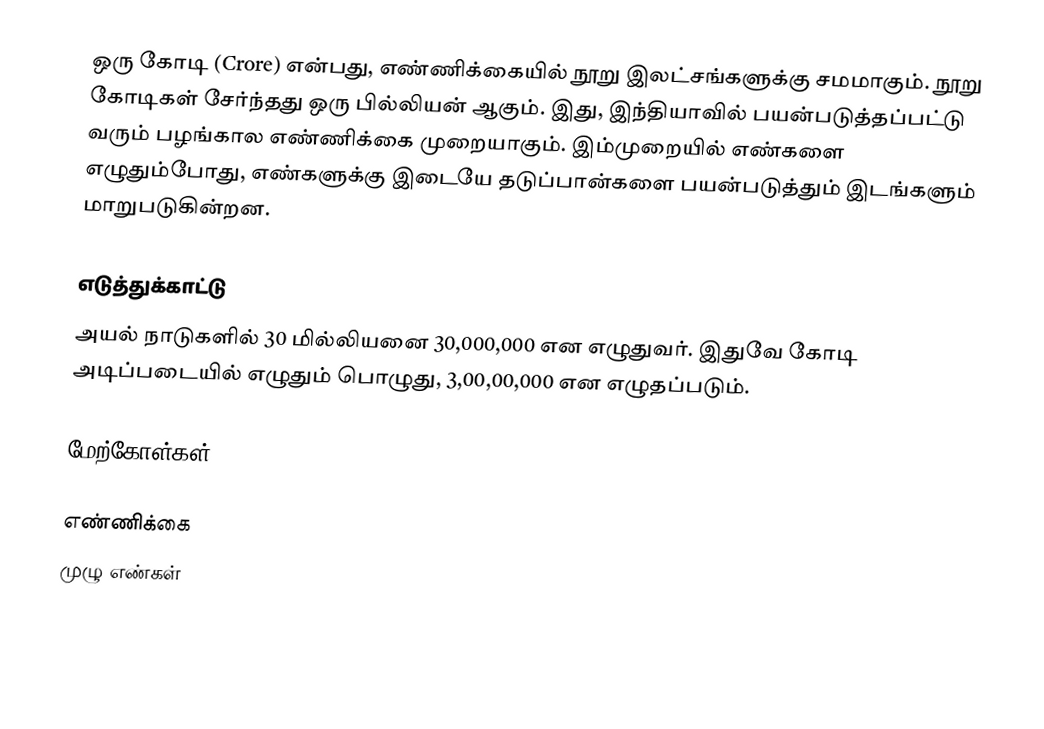
ஒரு கோடி (Crore) என்பது, எண்ணிக்கையில் நூறு இலட்சங்களுக்கு சமமாகும். நூறு கோடிகள் சேர்ந்தது ஒரு பில்லியன் ஆகும். இது, இந்தியாவில் பயன்படுத்தப்பட்டு வரும் பழங்கால எண்ணிக்கை முறையாகும். இம்முறையில் எண்களை எழுதும்போது, எண்களுக்கு இடையே தடுப்பான்களை பயன்படுத்தும் இடங்களும் மாறுபடுகின்றன.

எடுத்துக்காட்டு
அயல் நாடுகளில் 30 மில்லியனை 30,000,000 என எழுதுவர். இதுவே கோடி அடிப்படையில் எழுதும் பொழுது, 3,00,00,000 என எழுதப்படும்.

மேற்கோள்கள்

எண்ணிக்கை
முழு எண்கள்